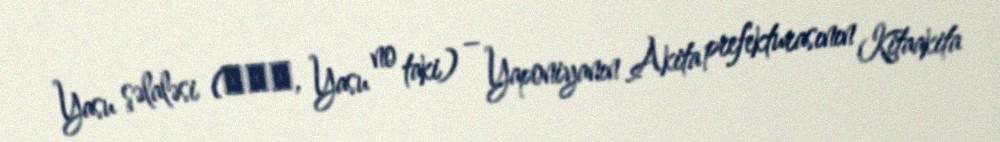
Yasu şəlaləsi (安の滝, Yasu no taki) – Yaponiyanın Akita prefekturasının Kitaakita